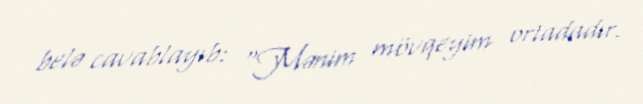
belə cavablayıb: “Mənim mövqeyim ortadadır.